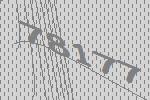
78177